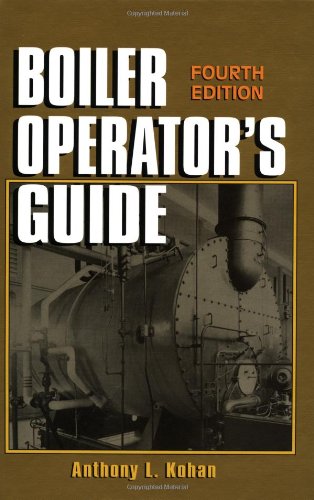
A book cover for Boiler Operator's Guide; Anthony Kohan; Engineering & Transportation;